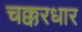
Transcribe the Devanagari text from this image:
चक्करधार